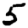
Digit: 5